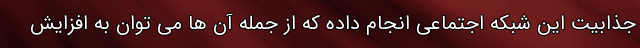
جذابیت این شبکه اجتماعی انجام داده که از جمله آن ها می توان به افزایش